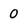
Character: 0